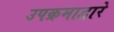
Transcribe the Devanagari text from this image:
उपक्रमाद्वारे